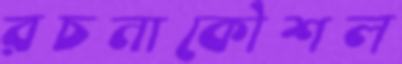
রচনাকৌশল